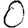
Digit: 0